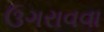
ઉગરાવવા